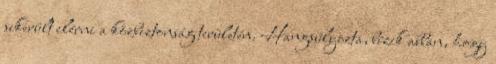
sikerült elérni a közbiztonság területén. Hangsúlyozta, bízik abban, hogy